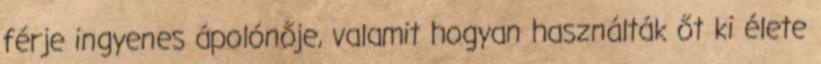
férje ingyenes ápolónője, valamit hogyan használták őt ki élete